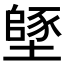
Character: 𡑸